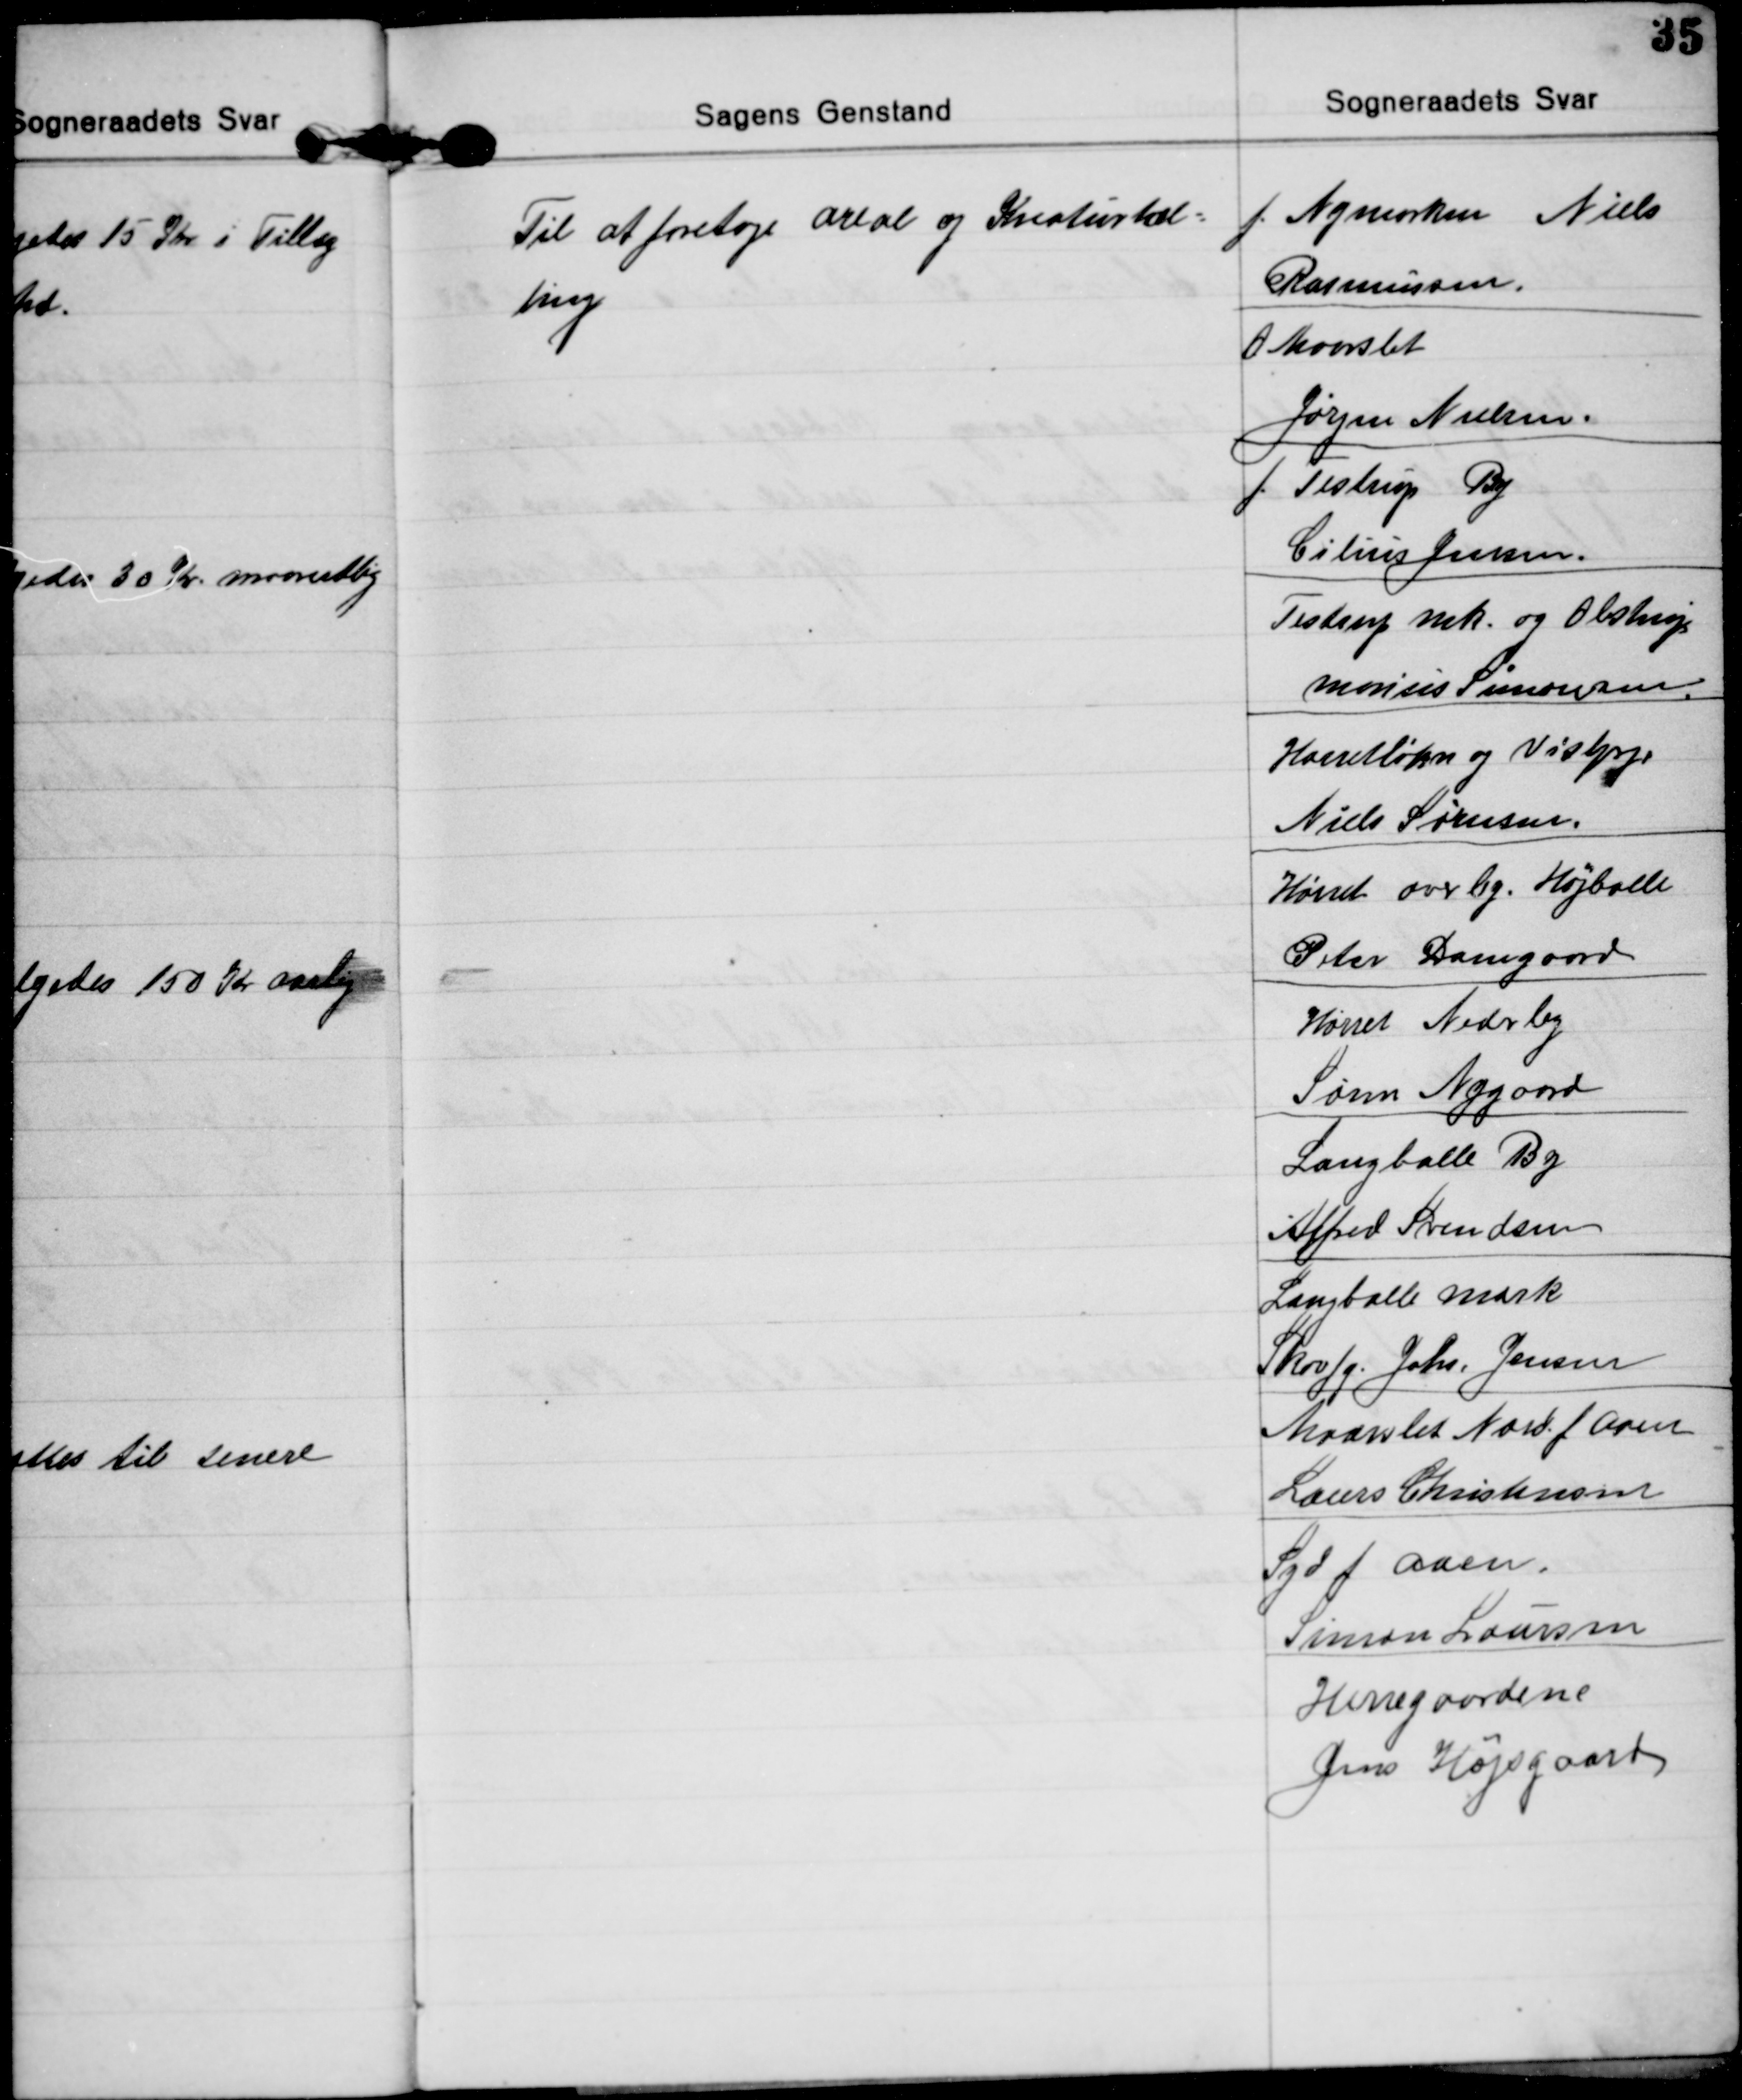
Transskription:
Til at foretage areal og Kreaturtæl=
ling

f. Nymarken Niels
Rasmussen.
O Maarslet
Jørgen Nielsen.
f. Testrup By
Cilius Jensen.
Testrup mk. og Obstrup
Marius Simonsen.
Hørretløkken og Visbjerg
Niels Sørensen.
Hørret overby. Højballe
Peter Damgaard
Hørret Nederby
Søren Nygaard
Langballe By
Alfred Svendsen
Langballe mark
Skovfg. Johs. Jensen
Maarslet Nord f. Aaen
Laurs Christensen
Syd f. Aaen.
Simon Laursen
Herregaardene
Jens Højsgaard